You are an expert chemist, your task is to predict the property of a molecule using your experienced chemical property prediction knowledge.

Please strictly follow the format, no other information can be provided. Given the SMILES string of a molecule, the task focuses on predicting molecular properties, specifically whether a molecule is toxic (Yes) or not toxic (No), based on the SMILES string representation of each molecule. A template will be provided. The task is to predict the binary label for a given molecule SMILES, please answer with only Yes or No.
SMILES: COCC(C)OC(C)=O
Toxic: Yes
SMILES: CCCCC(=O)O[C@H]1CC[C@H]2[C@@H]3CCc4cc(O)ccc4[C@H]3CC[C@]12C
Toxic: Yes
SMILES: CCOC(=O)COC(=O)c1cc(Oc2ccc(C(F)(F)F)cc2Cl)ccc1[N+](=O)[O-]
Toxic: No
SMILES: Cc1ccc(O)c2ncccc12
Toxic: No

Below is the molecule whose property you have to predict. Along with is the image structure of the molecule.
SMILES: CCOP(=S)(OCC)Oc1ccc2c(C)c(Cl)c(=O)oc2c1
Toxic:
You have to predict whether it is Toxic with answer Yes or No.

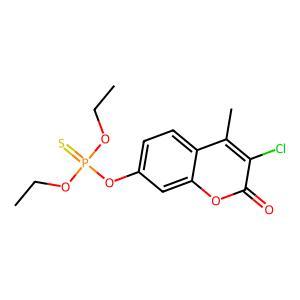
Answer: No